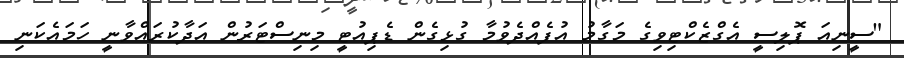
"ސީނިއަ ޕޮލިސީ އެގްޒެކްޓިވިގެ މަގާމު އުފެއްދެވުމާ ގުޅިގެން ޑެޕިއުޓީ މިނިސްޓަރުން އަދާކުރައްވާނީ ހަމައެކަނި